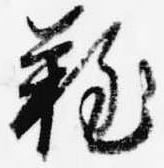
難